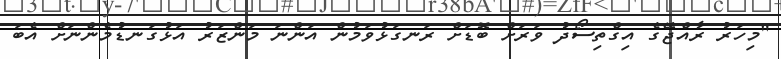
"މިހަރު ރާއްޖޭގެ އިގްތިސޯދު ވަރަށް ބޮޑަށް ރަނގަޅުވަމުން އަންނަ މަންޒަރު އަޅުގަނޑުމެންނަށް އެބަ